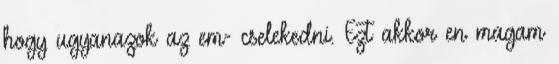
hogy ugyanazok az em- cselekedni. Ezt akkor en magam